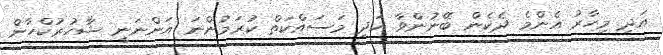
އަދި މިހާރު އެންމެ ދެކެން ބޭނުންވާ އަދި މަސައްކަތް ކުރަމުންނަ އަންނަނީ ޝާހުރުކްހާން